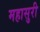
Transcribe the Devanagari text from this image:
महासुरी